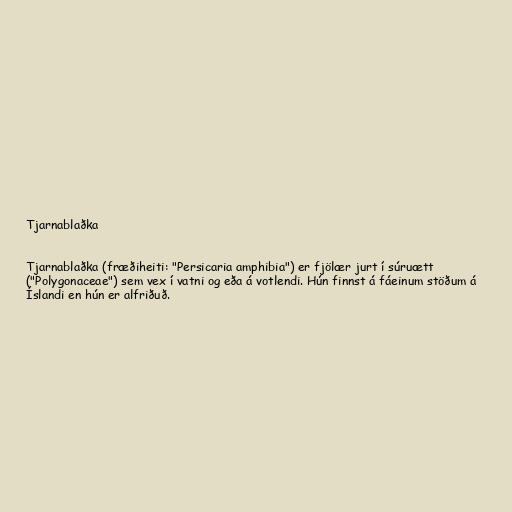
Tjarnablaðka

Tjarnablaðka (fræðiheiti: "Persicaria amphibia") er fjölær jurt í súruætt
("Polygonaceae") sem vex í vatni og eða á votlendi. Hún finnst á fáeinum stöðum á
Íslandi en hún er alfriðuð.